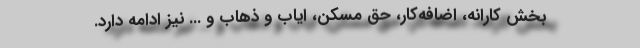
بخش کارانه، اضافه‌کار، حق مسکن، ایاب و ذهاب و ... نیز ادامه دارد.